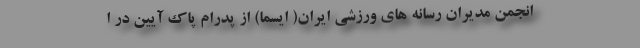
انجمن مدیران رسانه های ورزشی ایران( ایسما) از پدرام پاک آیین در ا